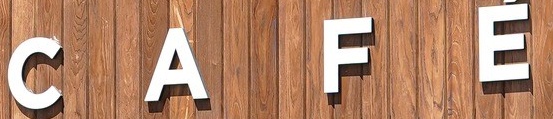
C A F E